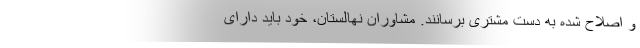
و اصلاح شده به دست مشتری برسانند. مشاوران نهالستان، خود باید دارای